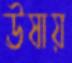
ঊষায়